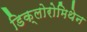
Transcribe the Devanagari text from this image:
डिक्लोरोमिथेन